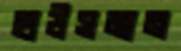
হাউসমান